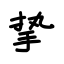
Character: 挚